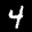
Label: 4